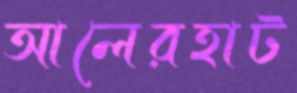
আলেরহাট